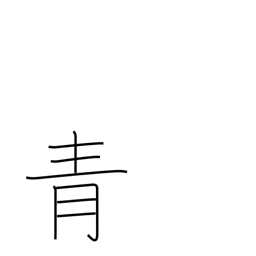
Meaning: blue